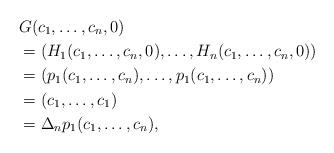
LaTeX: \begin{align*} &G(c_1,\dots,c_n,0)\\&=(H_1(c_1,\dots,c_n,0),\dots,H_n(c_1,\dots,c_n,0))\\ &=(p_1(c_1,\dots,c_n),\dots,p_1(c_1,\dots,c_n))\\&=(c_1,\dots,c_1)\\ &=\Delta_np_1(c_1,\dots,c_n),\end{align*}